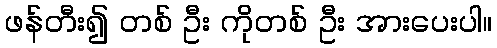
ဖန်တီး၍ တစ် ဦး ကိုတစ် ဦး အားပေးပါ။